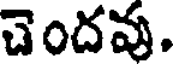
చెందవు.